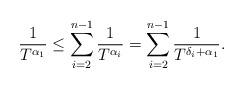
LaTeX: \begin{align*}\frac{1}{T^{\alpha_{1}}}\leq\sum_{i=2}^{n-1}\frac{1}{T^{\alpha_{i}}}=\sum_{i=2}^{n-1}\frac{1}{T^{\delta_{i}+\alpha_{1}}}.\end{align*}